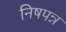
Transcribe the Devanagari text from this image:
निषपन्न